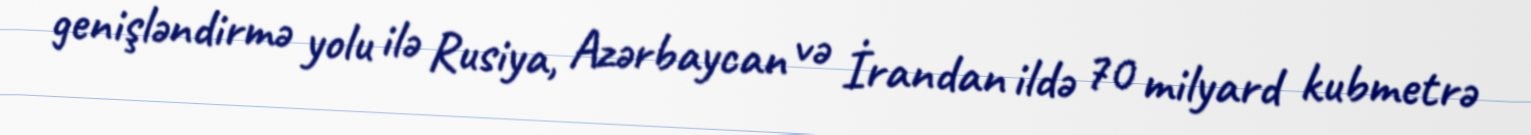
genişləndirmə yolu ilə Rusiya, Azərbaycan və İrandan ildə 70 milyard kubmetrə